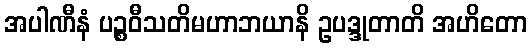
အပါဏီနံ ပဉ္စဝီသတိမဟာဘယာနိ ဥပဒ္ဒုတာတိ အဟိတော